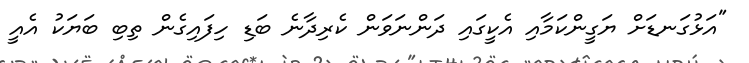
"އަޅުގަނޑަށް ޔަގީންކަމާއި އެކީގައި ދަންނަވަން ކެރިދާނެ ބަޑި ހިފައިގެން ތިބި ބަޔަކު އެއީ